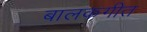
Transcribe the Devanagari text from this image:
बालकगीत